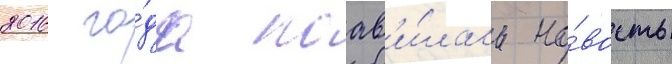
2016 го́да поав'и́лась но́вость